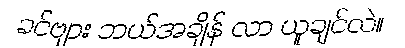
ခင်ဗျား ဘယ်အချိန် လာ ယူချင်လဲ။